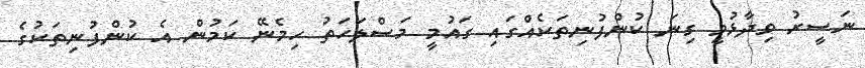
ނަސީރު ވިދާޅުވީ ގިނަ ކުންފުނިތަކެއްގައި ގައުމީ މަސްލަހަތު ހިމެނޭ ކަމުން އެ ކުންފުނިތަކުގެ